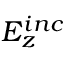
E _ { z } ^ { i n c }